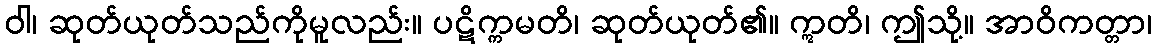
ဝါ၊ ဆုတ်ယုတ်သည်ကိုမူလည်း။ ပဋိက္ကမတိ၊ ဆုတ်ယုတ်၏။ ဣတိ၊ ဤသို့။ အာဝိကတ္တာ၊